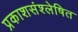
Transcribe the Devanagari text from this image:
प्रकाशसंश्लेषित